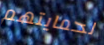
لحمايتهم